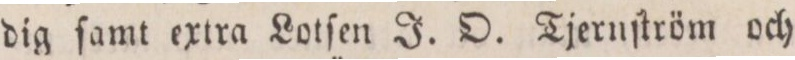
dig ſamt extra Lotſen J. O. Tjernſtröm och